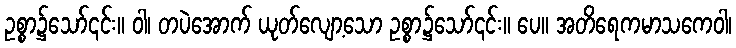
ဥစ္စာ၌သော်၎င်း။ ဝါ၊ တပဲအောက် ယုတ်လျော့သော ဥစ္စာ၌သော်၎င်း။ ပေ။ အတိရေကမာသကေဝါ၊